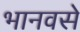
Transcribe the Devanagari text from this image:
भानवसे